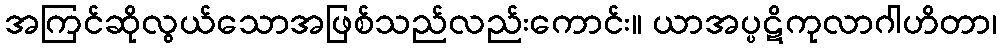
အကြင်ဆိုလွယ်သောအဖြစ်သည်လည်းကောင်း။ ယာအပ္ပဋိကုလာဂါဟိတာ၊